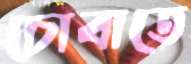
চোবাতে